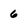
Character: 6